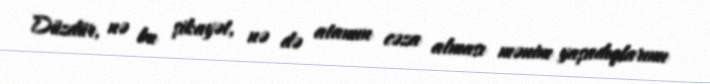
Düzdür, nə bu şikayət, nə də atamın cəza alması mənim yaşadıqlarımı